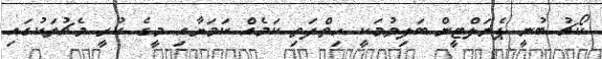
ކޯޗު ބުނީ ޕެނަލްޓީން ބަލިވުމަކީ ހިތްދަތި ކަމެއް ކަމަށާއި މީގެ ކުރީ މެޗުތަކުގައި